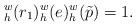
LaTeX: \begin{align*}_h^w(r_1)_h^w(e)_h^w(\tilde p)=1.\end{align*}